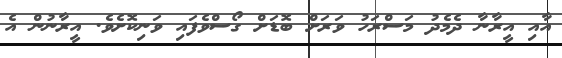
އާއި އީރާނާ ދެމެދު މަސްރަހު ވަރަށް ބޮޑަށް ގޯސްވެފައި ވަނިކޮށެވެ. އީރާނުން އެ